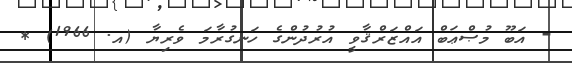
- އަބޫ މުޞްޢަބް އައްޒަރްޤާވީ އުރުދުންގެ ހަނގުރާމަ ވެރިޔާ (އ. 1966) *